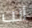
انت